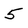
Character: 5